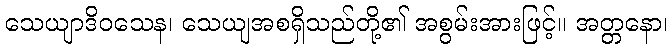
သေယျာဒိဝသေန၊ သေယျအစရှိသည်တို့၏ အစွမ်းအားဖြင့်။ အတ္တနော၊